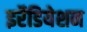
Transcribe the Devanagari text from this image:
इर्रेडियेशन